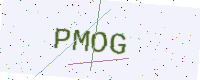
Text: PMOG